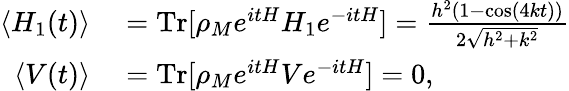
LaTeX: \begin{array}{r}{\begin{array}{rl}{\langle H_{1}(t)\rangle}&{{}=\mathrm{Tr}[\rho_{M}e^{itH}H_{1}e^{-itH}]=\frac{h^{2}(1-\cos(4kt))}{2\sqrt{h^{2}+k^{2}}}}\\ {\langle V(t)\rangle}&{{}=\mathrm{Tr}[\rho_{M}e^{itH}Ve^{-itH}]=0,}\end{array}}\end{array}